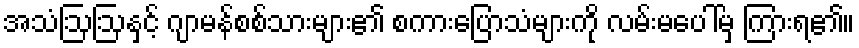
အသံဩဩနှင့် ဂျာမန်စစ်သားများ၏ စကားပြောသံများကို လမ်းမပေါ်မှ ကြားရ၏။